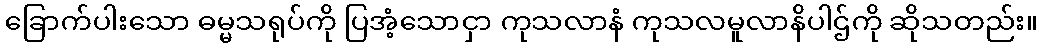
ခြောက်ပါးသော ဓမ္မသရုပ်ကို ပြအံ့သောငှာ ကုသလာနံ ကုသလမူလာနိပါဌ်ကို ဆိုသတည်း။